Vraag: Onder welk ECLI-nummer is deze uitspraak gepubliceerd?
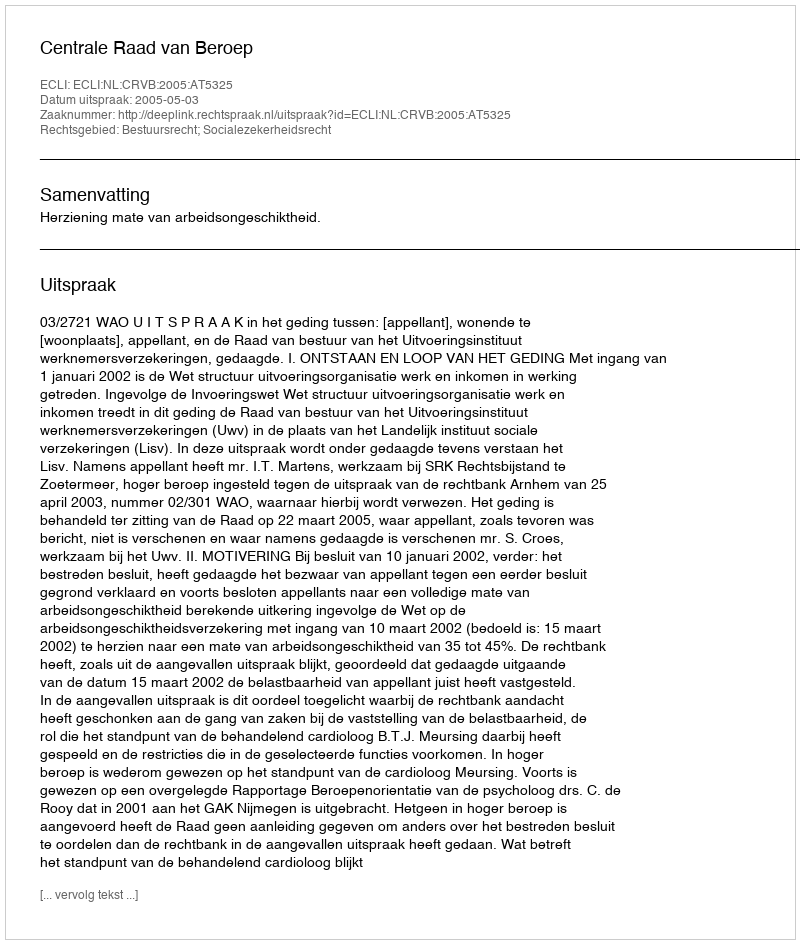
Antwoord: ECLI:NL:CRVB:2005:AT5325